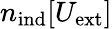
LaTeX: {n}_{\mathrm{ind}}[U_{\mathrm{ext}}]